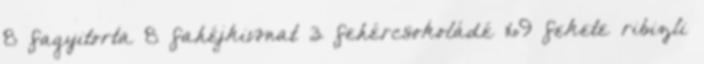
8 fagyitorta 8 fahéjkivonat 3 fehércsokoládé 169 fekete ribizli